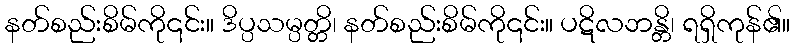
နတ်စည်းစိမ်ကို၎င်း။ ဒိပ္ပသမ္ပတ္တိ၊ နတ်စည်းစိမ်ကို၎င်း။ ပဋိလဘန္တိ၊ ရရှိကုန်၏။